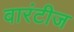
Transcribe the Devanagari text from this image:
वारंटीज